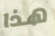
هذا